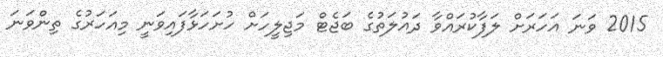
2015 ވަނަ އަހަރަށް ލަފާކުރައްވާ ދައުލަތުގެ ބަޖެޓް މަޖިލީހަށް ހުށަހަޅާފައިވަނީ މިއަހަރުގެ ތިންވަނަ